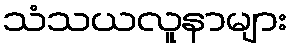
သံသယလူနာများ